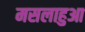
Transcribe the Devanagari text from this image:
मसलाहुआ